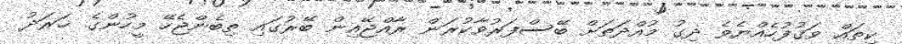
ކިތައް ވަޤުފުހެއްޔެވެ ދިގު މުއްދަތަށް ބޭސްފަރުވާކުރަން ރާއްޖޭއިން ބޭރުގައި ތިބެންޖެހޭ މީހުންގެ ޚަރަދު